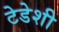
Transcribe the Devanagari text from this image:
टेडेशी